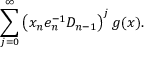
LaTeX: \sum _ { j = 0 } ^ { \infty } \left( x _ { n } e _ { n } ^ { - 1 } D _ { n - 1 } \right) ^ { j } g ( x ) .